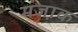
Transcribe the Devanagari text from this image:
मजा़क